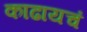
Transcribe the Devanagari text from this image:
काढायचं